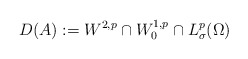
\begin{align*} D(A) := W^{2,p} \cap W^{1,p}_0 \cap L^p_\sigma(\Omega)\end{align*}